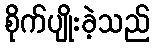
စိုက်ပျိုးခဲ့သည်